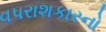
વપરાશકારનો